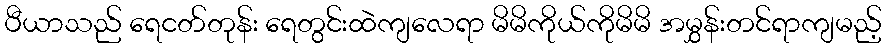
ပီယာသည် ရေငတ်တုန်း ရေတွင်းထဲကျလေရာ မိမိကိုယ်ကိုမိမိ အမွှန်းတင်ရာကျမည့်